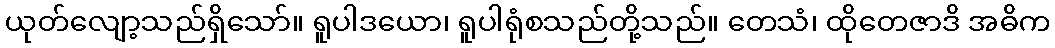
ယုတ်လျော့သည်ရှိသော်။ ရူပါဒယော၊ ရူပါရုံစသည်တို့သည်။ တေသံ၊ ထိုတေဇာဒိ အဓိက